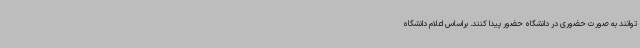
‌توانند به صورت حضوری در دانشگاه حضور پیدا کنند. براساس اعلام دانشگاه